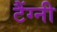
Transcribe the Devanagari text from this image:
टैंग्नी